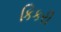
કિકરી